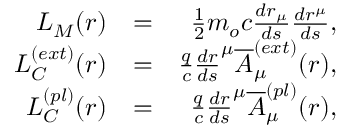
\begin{array} { r l r } { L _ { M } ( r ) } & { = } & { \frac { 1 } { 2 } m _ { o } c \frac { d r _ { \mu } } { d s } \frac { d r ^ { \mu } } { d s } , } \\ { L _ { C } ^ { ( e x t ) } ( r ) } & { = } & { \frac { q } { c } \frac { d r } { d s } ^ { \mu } \overline { { A } } _ { \mu } ^ { ( e x t ) } ( r ) , } \\ { L _ { C } ^ { ( p l ) } ( r ) } & { = } & { \frac { q } { c } \frac { d r } { d s } ^ { \mu } \overline { { A } } _ { \mu } ^ { ( p l ) } ( r ) , } \end{array}